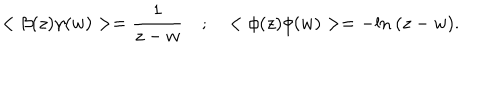
LaTeX: < \beta ( z ) \gamma ( w ) > = { \frac { 1 } { z - w } } \quad ; \quad < \phi ( z ) \phi ( w ) > = - \mathrm { l n } ~ ( z - w ) .